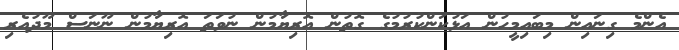
އެންމެ ގިނައިން މިބައިމީހުން އަޅުކަންކުރުމުގެ ގޮތުން އޮރިޔާމުން ނުވަތަ އޮރިޔާމުން ނޫނަސް މޫދުއެރި